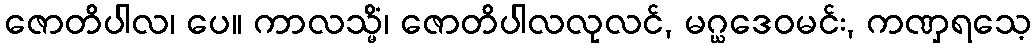
ဇောတိပါလ၊ ပေ။ ကာလသ္မိံ၊ ဇောတိပါလလုလင်, မဂ္ဃဒေဝမင်း, ကဏှရသေ့